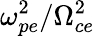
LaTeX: \omega_{pe}^{2}/\Omega_{ce}^{2}